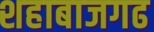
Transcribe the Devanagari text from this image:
शहाबाजगढ